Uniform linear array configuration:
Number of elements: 32
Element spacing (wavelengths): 0.25
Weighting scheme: blackman
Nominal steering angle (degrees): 0
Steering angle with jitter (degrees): -0.3433
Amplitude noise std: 0.05
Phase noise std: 0.05

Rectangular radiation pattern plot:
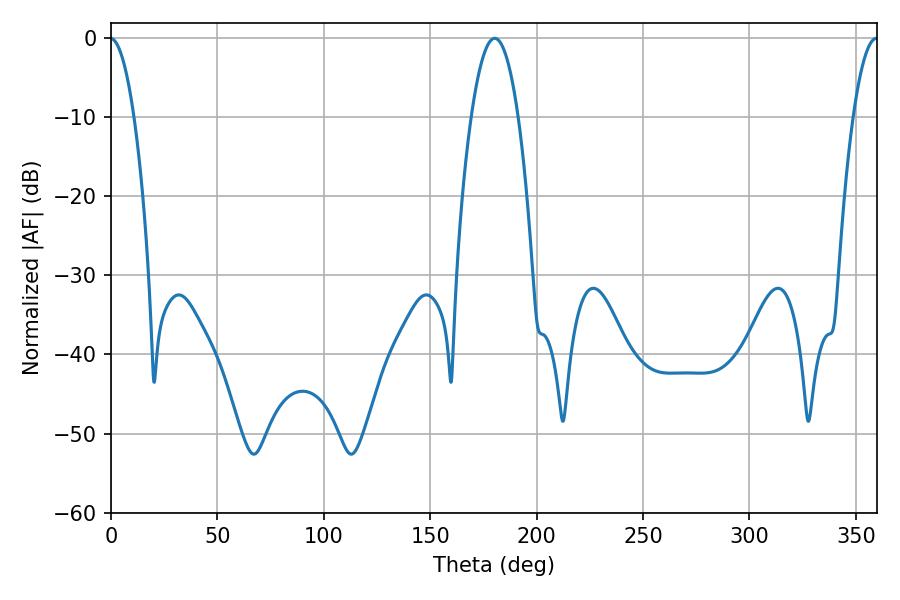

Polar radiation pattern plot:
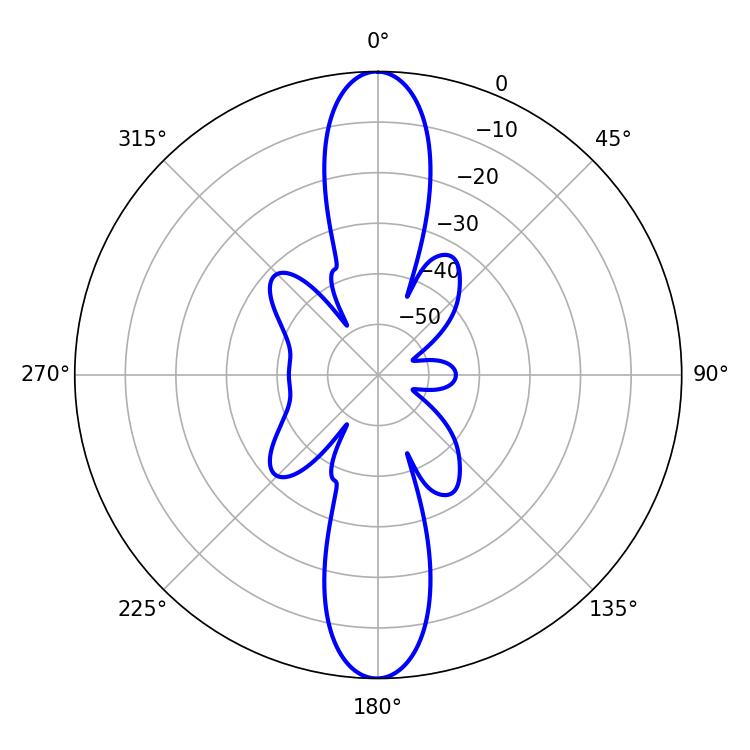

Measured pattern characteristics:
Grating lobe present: FALSE
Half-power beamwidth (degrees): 12.06
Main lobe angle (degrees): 180.36